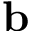
\mathbf { b }